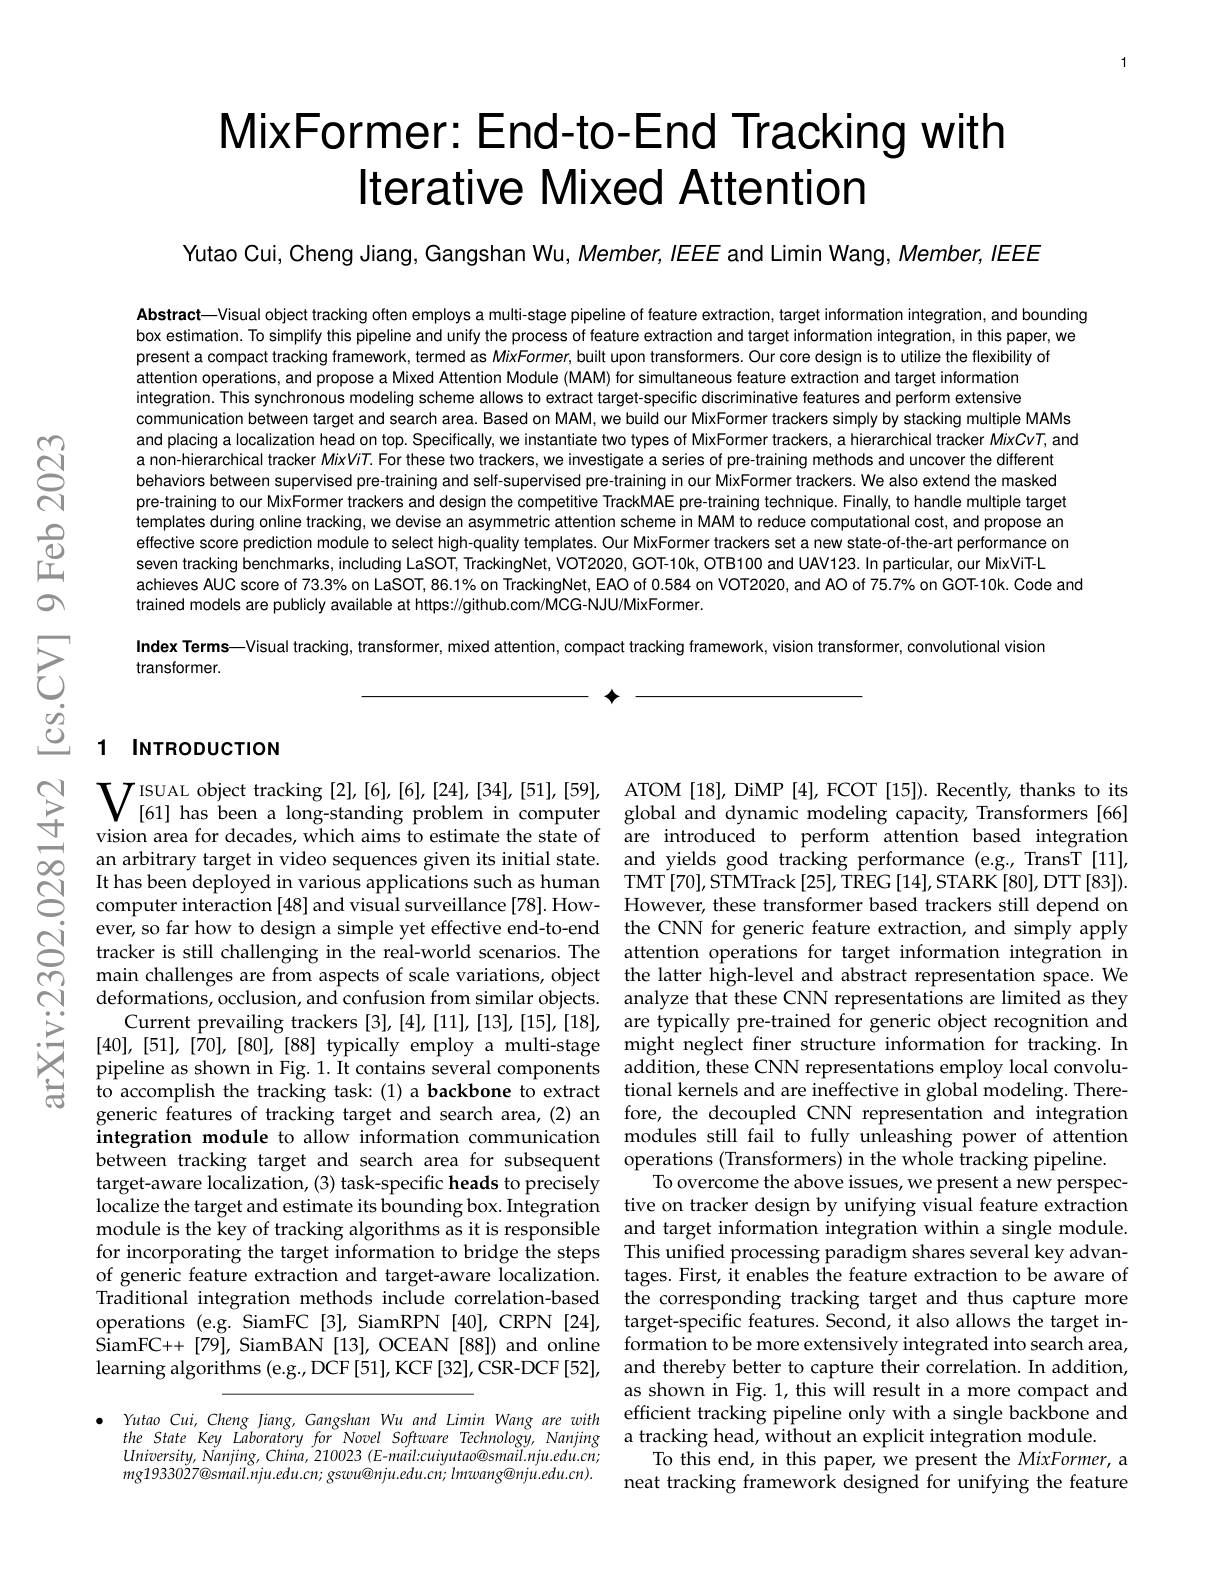
# MixFormer: End-to-End Tracking with Iterative Mixed Attention

Yutao Cui, Cheng Jiang, Gangshan Wu, Member, IEEE and Limin Wang, Member, IEEE

Abstract—Visual object tracking often employs a multi-stage pipeline of feature extraction, target information integration, and bounding box estimation. To simplify this pipeline and unify the process of feature extraction and target information integration, in this paper, we present a compact tracking framework, termed as MixFormer, built upon transformers. Our core design is to utilize the flexibility of
attention operations, and propose a Mixed Attention Module (MAM) for simultaneous feature extraction and target information integration. This synchronous modeling scheme allows to extract target-specific discriminative features and perform extensive communication between target and search area. Based on MAM, we build our MixFormer trackers simply by stacking multiple MAMs and placing a localization head on top. Specifically, we instantiate two types of MixFormer trackers, a hierarchical tracker MixCvT, and a non-hierarchical tracker MixViT. For these two trackers, we investigate a series of pre-training methods and uncover the different behaviors between supervised pre-training and self-supervised pre-training in our MixFormer trackers. We also extend the masked pre-training to our MixFormer trackers and design the competitive TrackMAE pre-training technique. Finally, to handle multiple target templates during online tracking, we devise an asymmetric attention scheme in MAM to reduce computational cost, and propose an effective score prediction module to select high-quality templates. Our MixFormer trackers set a new state-of-the-art performance on seven tracking benchmarks, including LaSOT, TrackingNet, VOT2020, GOT-10k, OTB100 and UAV123. In particular, our MixViT-L
achieves AUC score of 73.3% on LaSOT, 86.1% on TrackingNet, EAO of 0.584 on VOT2020, and AO of 75.7% on GOT-10k. Code and
trained models are publicly available at https://github.com/MCG-NJU/MixFormer.
Index Terms—Visual tracking, transformer, mixed attention, compact tracking framework, vision transformer, convolutional vision

transformer.

$\textbf{个 }$

### 1 INTRODUCTION

$\mathbf{V}_{[61]\text{ has been a long-standing problem in computer}}^{\text{ISUAL object tracking [2],[6],[6],[24],[34],[51],[59],}}$ATOM [18],DiMP [4],FCOT [15]).Recently,thanks to its$\mathbf{V}_{[61]\text{ has been a long-standing problem in computer}}$ global and dynamic model
vision area for decades, which aims to estimate the state of an arbitrary target in video sequences given its initial state. It has been deployed in various applications such as human TMT[70],STMTrack[25],TREG[14],STARK[80],DTT[83]). computer interaction [48] and visual surveillance [78].How- However, these transformer based trackers still depend on ever, so far how to design a simple yet effective end-to-end the CNN for generic feature extraction, and simply apply tracker is still challenging in the real-world scenarios. The attention operations for target information integration in main challenges are from aspects of scale variations, object the latter high-level and abstract representation space. We deformations, occlusion, and confusion from similar objects.
Current prevailing trackers [3],[4],[11],[13],[15],[18], are typically pre-trained for generic object recognition and [40],[51],[70],[80],[88] typically employ a multi-stage might neglect finer structure information for tracking.In pipeline as shown in Fig. 1. It contains several components addition, these CNN representations employ local convoluto accomplish the tracking task: (1) a backbone to extract
generic features of tracking target and search area,(2) an fore, the decoupled CNN representation and integration integration module to allow information communication modules still fail to fully unleashing power of attention between tracking target and search area for subsequent operations (Transformers) in the whole tracking pipeline
target-aware localization, (3) task-specific heads to precisely
localize the target and estimate its bounding box. Integration tive on tracker design by unifying visual feature extraction
module is the key of tracking algorithms as it is responsible for incorporating the target information to bridge the steps of generic feature extraction and target-aware localization. Traditional integration methods include correlation-based the corresponding tracking target and thus capture more operations (e.g. SiamFC[3], SiamRPN[40], CRPN[24], target-specific features. Second, it also allows the target in- ${\mathrm{SiamFC++~[79],~SiamBAN~[13],~OCEAN~[88])~and~online}}$ learning algorithms ( e. g. , DCF [ 51] , KCF [ 32] , CSR- DCF [ 52] ,

are introduced to perform attention based integration and yields good tracking performance (e.g., TransT [11], analyze that these CNN representations are limited as they tional kernels and are ineffective in global modeling. There-
To overcome the above issues, we present a new perspecand target information integration within a single module. This unified processing paradigm shares several key advantages. First, it enables the feature extraction to be aware of formation to be more extensively integrated into search area, and thereby better to capture their correlation. In addition, as shown in Fig. 1, this will result in a more compact and
$\bullet$ Yutao Cui, Cheng Jiang, Gangshan Wu and Limin Wang are with efficient tracking pipeline only with a single backbone and
the State Key Laboratory for Novel Softuare Technology, Nanjing a tracking head,without an explicit integration module.
To this end, in this paper, we present the MixFormer, a neat tracking framework designed for unifying the feature

$University,Nanjing,China,210023(E-mail:cuiyutao@smail.nju.edu.cn;$ $mg1933027@smail.nju.edu.cn;gswu@nju.edu.cn;lmwang@nju.edu.cn).$